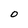
Character: O